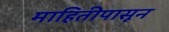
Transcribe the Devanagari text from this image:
माहितीपासून